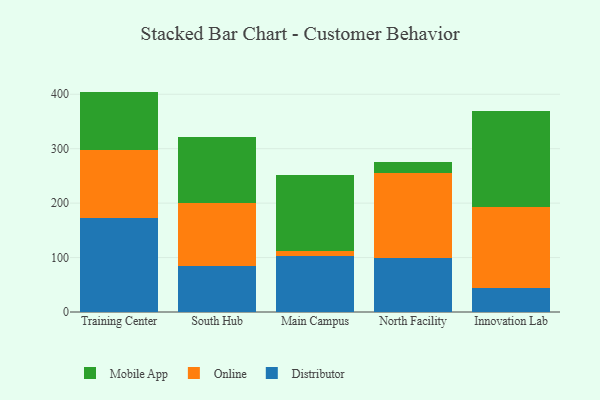
{"axis": {"x": "Campus", "y": "Tickets Resolved"}, "legend": ["Distributor", "Mobile App", "Online"], "data": [{"x": "Training Center", "y": 173.0, "type": "Distributor"}, {"x": "Training Center", "y": 123.8, "type": "Online"}, {"x": "Training Center", "y": 108.1, "type": "Mobile App"}, {"x": "South Hub", "y": 84.9, "type": "Distributor"}, {"x": "South Hub", "y": 115.9, "type": "Online"}, {"x": "South Hub", "y": 120.4, "type": "Mobile App"}, {"x": "Main Campus", "y": 103.6, "type": "Distributor"}, {"x": "Main Campus", "y": 7.8, "type": "Online"}, {"x": "Main Campus", "y": 139.8, "type": "Mobile App"}, {"x": "North Facility", "y": 100.0, "type": "Distributor"}, {"x": "North Facility", "y": 155.0, "type": "Online"}, {"x": "North Facility", "y": 20.4, "type": "Mobile App"}, {"x": "Innovation Lab", "y": 44.2, "type": "Distributor"}, {"x": "Innovation Lab", "y": 149.6, "type": "Online"}, {"x": "Innovation Lab", "y": 176.2, "type": "Mobile App"}]}